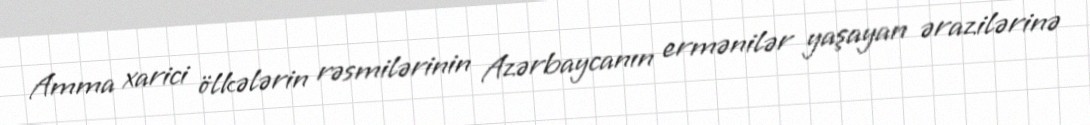
Amma xarici ölkələrin rəsmilərinin Azərbaycanın ermənilər yaşayan ərazilərinə